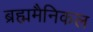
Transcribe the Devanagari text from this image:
ब्रह्ममैनिकल